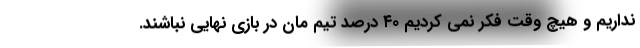
نداریم و هیچ وقت فکر نمی کردیم ۴۰ درصد تیم مان در بازی نهایی نباشند.